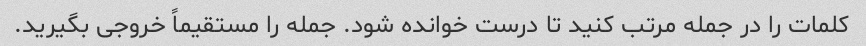
کلمات را در جمله مرتب کنید تا درست خوانده شود. جمله را مستقیماً خروجی بگیرید.